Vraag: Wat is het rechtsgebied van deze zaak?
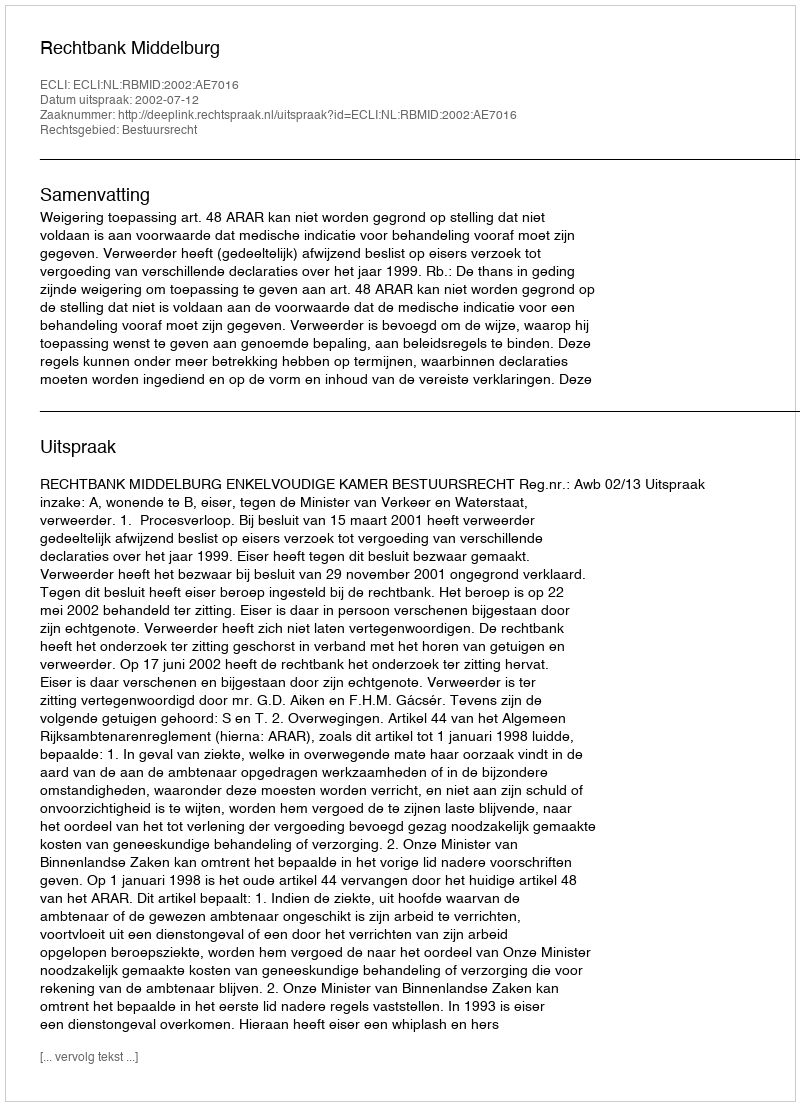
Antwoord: Bestuursrecht